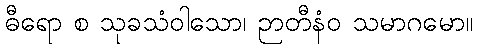
ဓီရော စ သုခသံဝါသော၊ ဉာတီနံဝ သမာဂမော။